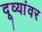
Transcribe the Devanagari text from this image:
दूव्यांवर